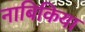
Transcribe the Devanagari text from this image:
नाबिकिया